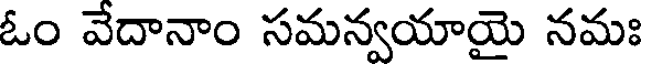
ఓం వేదానాం సమన్వయాయై నమః